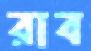
রাব